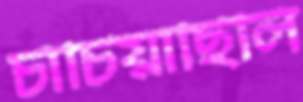
চাঁচিয়াছিলি